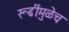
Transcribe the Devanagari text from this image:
रूढींमुळेच